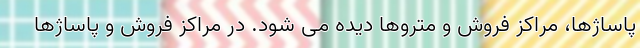
پاساژها، ‌مراکز فروش و متروها دیده می شود. در مراکز فروش ‌و پاساژها